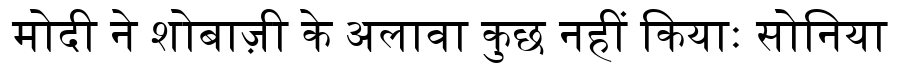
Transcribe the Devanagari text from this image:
मोदी ने शोबाज़ी के अलावा कुछ नहीं कियाः सोनिया